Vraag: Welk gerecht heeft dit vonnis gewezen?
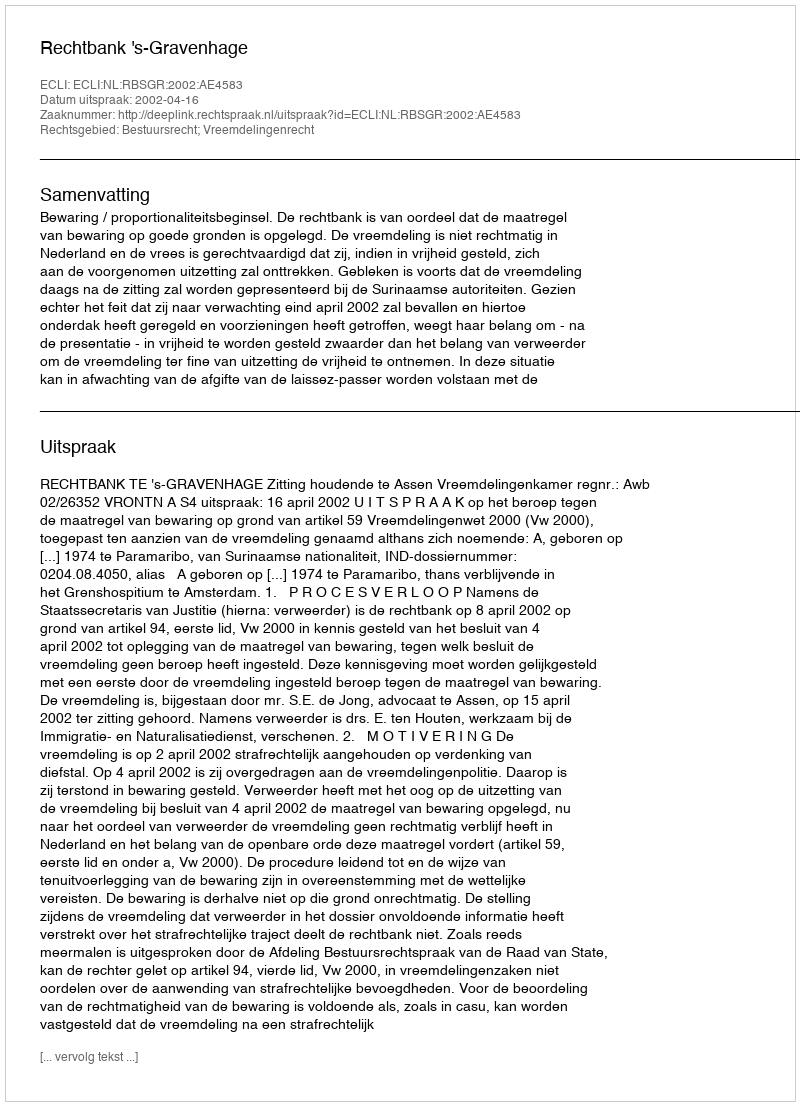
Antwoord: Rechtbank 's-Gravenhage